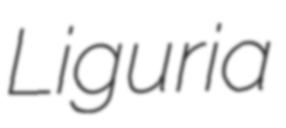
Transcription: Liguria